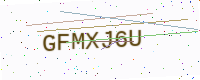
Text: GFMXJ6U